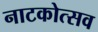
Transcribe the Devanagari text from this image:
नाटकोत्सव